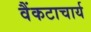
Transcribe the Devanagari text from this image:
वैंकटाचार्य